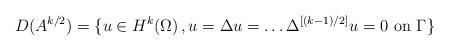
LaTeX: \begin{align*}D(A^{k/2})=\{ u \in H^k(\Omega) \,, u=\Delta u = \ldots \Delta^{[(k-1)/2]}u=0 \mbox{ on } \Gamma\}\end{align*}